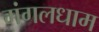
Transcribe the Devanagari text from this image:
मंगलधाम